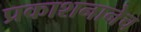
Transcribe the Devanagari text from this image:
प्रकाशनानेच